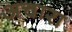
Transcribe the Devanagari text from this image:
अचारा